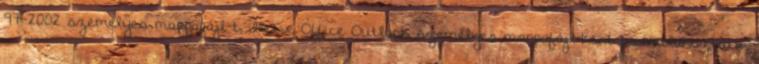
97-2002 személyes mappafájl-t, illetve Office Outlook személyes mappafájl-ként becsatlakoztatni